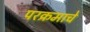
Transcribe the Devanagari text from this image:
परक्रमाचे